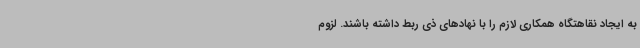
به ایجاد نقاهتگاه همکاری لازم را با نهادهای ذی ربط داشته باشند. لزوم